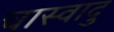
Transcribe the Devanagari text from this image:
चास्वादु